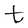
Character: t